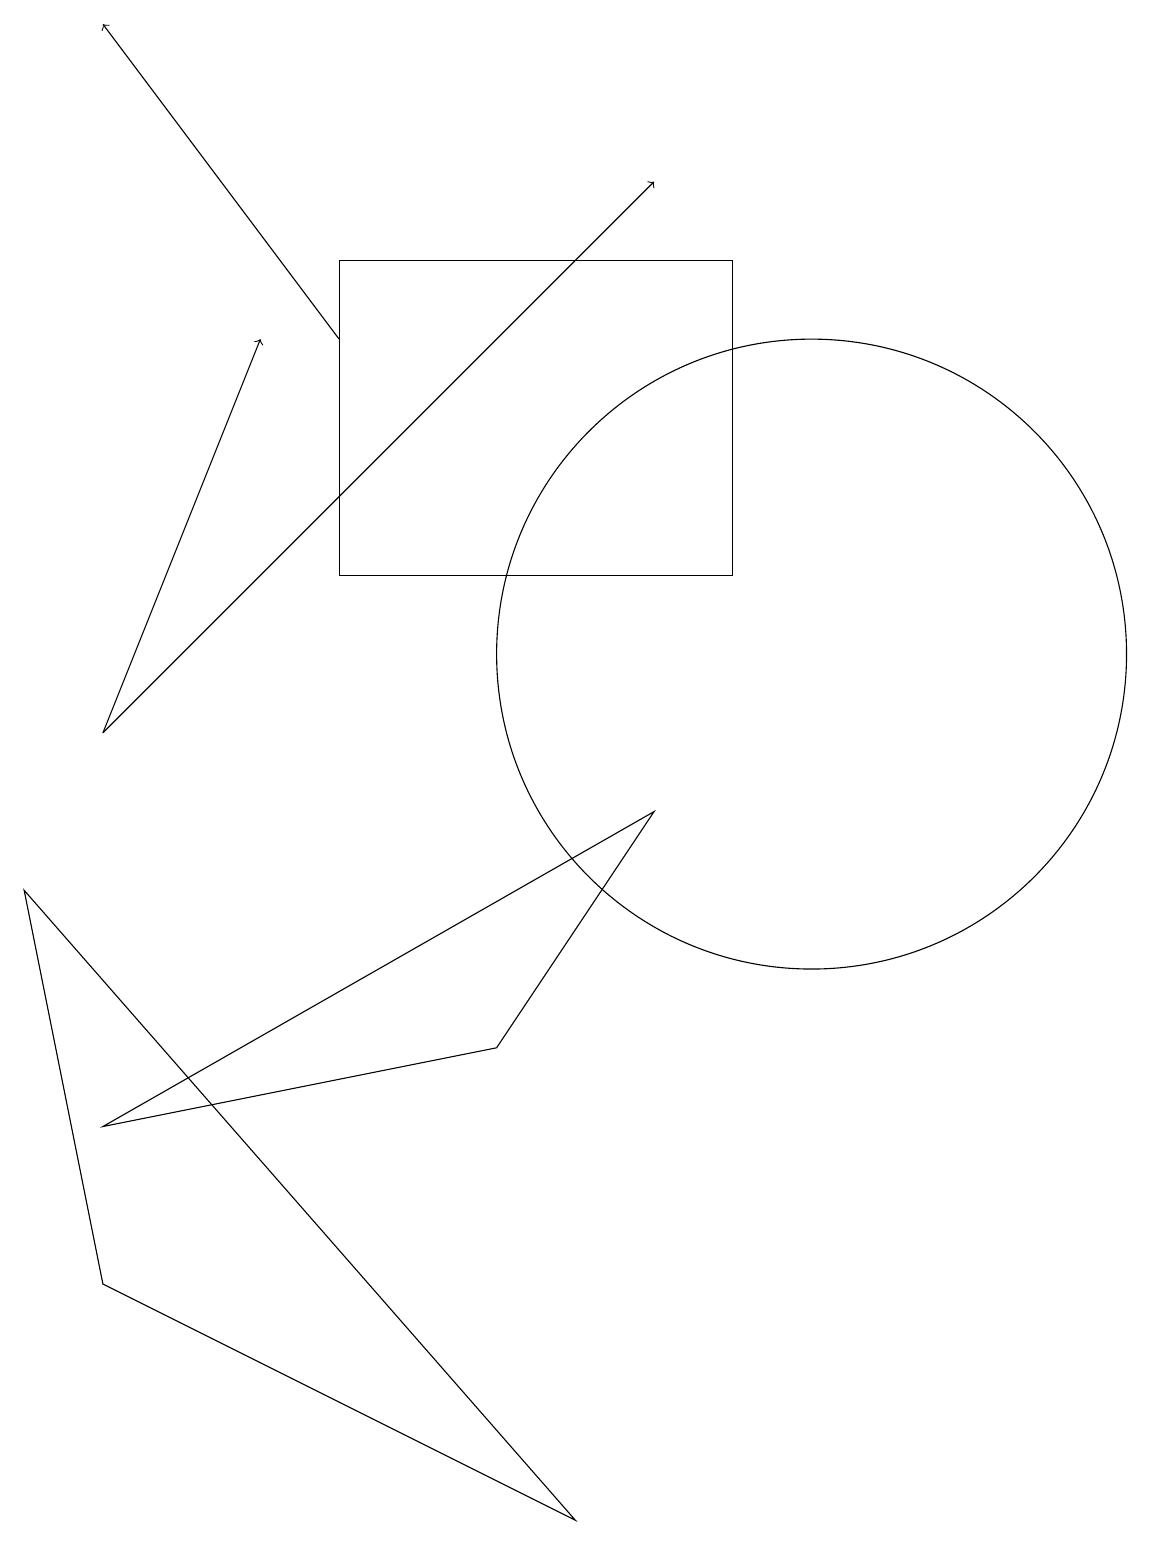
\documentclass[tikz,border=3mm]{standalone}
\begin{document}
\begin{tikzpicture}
\draw[->] (1,10) -- (8,17);
\draw[->] (4,15) -- (1,19);
\draw (0,8) -- (7,0) -- (1,3) -- cycle;
\draw (1,5) -- (8,9) -- (6,6) -- cycle;
\draw (4,12) rectangle (9,16);
\draw (10,11) circle (4);
\draw[->] (1,10) -- (3,15);
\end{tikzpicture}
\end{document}